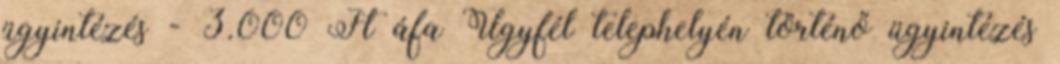
ügyintézés - 3.000 Ft áfa Ügyfél telephelyén történő ügyintézés